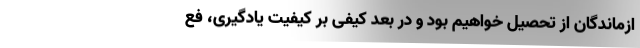
ازماندگان از تحصیل خواهیم بود و در بعد کیفی بر کیفیت یادگیری‌، فع